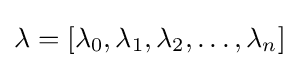
\lambda =[\lambda _{0},\lambda _{1},\lambda _{2},\dots ,\lambda _{n}]